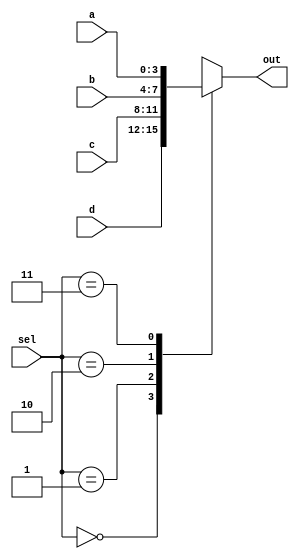
`timescale 1ns / 1ps
//////////////////////////////////////////////////////////////////////////////////
// Company: 
// Engineer: 
// 
// Design Name: 
// Module Name: MUX_4X1
// Project Name: 
// Target Devices: 
// Tool Versions: 
// Description: 
// 
// Dependencies: 
// 
// Revision:
// Revision 0.01 - File Created
// Additional Comments:
// 
//////////////////////////////////////////////////////////////////////////////////


module MUX_4X1(input [3:0]a, input [3:0]b, input [3:0]c, input [3:0]d,input [1:0]sel, output reg[3:0] out);
always@(*)
begin
    case(sel)
        2'd0:out = d;
        2'd1:out = c;
        2'd2: out = b;
        2'd3:out = a;
    endcase
end
endmodule